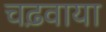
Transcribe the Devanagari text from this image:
चढ़वाया